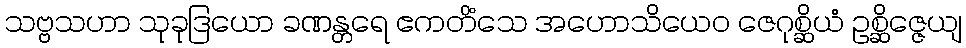
သဗ္ဗသဟာ သုခုဒြယော ခဏန္တရေ ဧကတိံသေ အဟောသိယေဝ ဇေဂုစ္ဆိယံ ဥစ္ဆိဇ္ဇေယျ